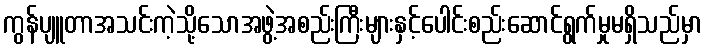
ကွန်ပျူတာအသင်းကဲ့သို့သောအဖွဲ့အစည်းကြီးများနှင့်ပေါင်းစည်းဆောင်ရွက်မှုမရှိသည်မှာ